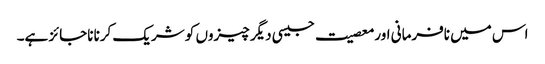
اس میں نافرمانی اور معصیت جیسی دیگر چیزوں کو شریک کرنا ناجائز ہے۔